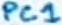
Text: PC1